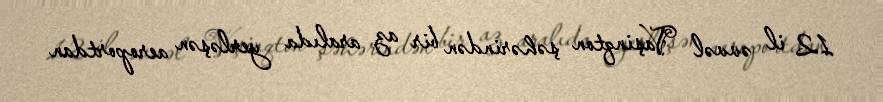
12 il əvvəl Vaşinqton şəhərindən bir az aralıda yerləşən aeroportdan